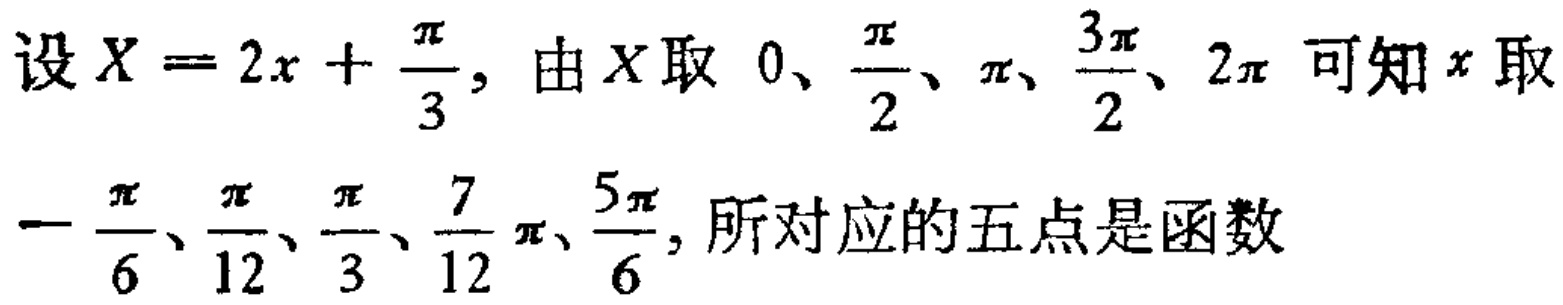
设\(X = 2x + \frac{\pi}{3}\)，由\(X\)取 \(0、\frac{\pi}{2}、\pi、\frac{3\pi}{2}、2\pi\) 可知\(x\)取\(-\frac{\pi}{6}、\frac{\pi}{12}、\frac{\pi}{3}、\frac{7}{12}\pi、\frac{5\pi}{6}\)，所对应的五点是函数